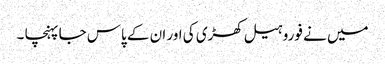
میں نے فوروہیل کھڑی کی اور ان کے پاس جا پہنچا ۔